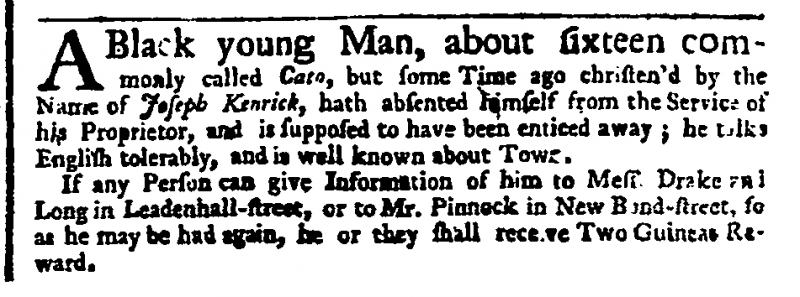
General Advertiser (1744), 23 March 1751 (England)
A Black young Man, about sixteen commonly called Cato, but some Time ago christen’d by the Name of Joseph Kenrick, hath absented himself from the Service of his Proprietor, and is supposed to have been enticed away; he talks English tolerably, and is well known about Town.  If any Person can give Information of him to Mess. Drake and Long in Leadenhall-street, or to Mr. Pinnock in New Bond-street, so as he may be had again, he or they shall receive Two Guineas Reward.